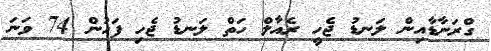
ގްރަނާޑާއިން ލަނޑު ޖެހީ ރެއާލް ހަތް ލަނޑު ޖެހި ފަހުން 74 ވަނަ